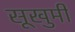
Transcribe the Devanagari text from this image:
सूखुमी